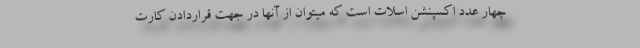
چهار عدد اکسپنشن اسلات است که میتوان از آنها در جهت قراردادن کارت